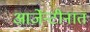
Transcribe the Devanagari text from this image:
आर्जेन्टीनात